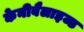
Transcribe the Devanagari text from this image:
केनीबैलाइज्ड